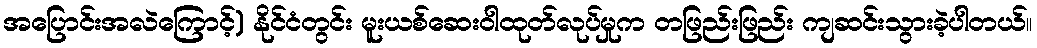
အပြောင်းအလဲကြောင့်) နိုင်ငံတွင်း မူးယစ်ဆေးဝါထုတ်လုပ်မှုက တဖြည်းဖြည်း ကျဆင်းသွားခဲ့ပါတယ်။